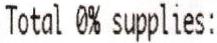
TOTAL 0% SUPPLIES: